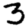
Digit: 3